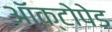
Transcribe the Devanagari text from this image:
ऑक्टोपेड